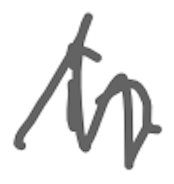
Text: in
Cross-out: mix
Writing tool: digital_gray